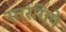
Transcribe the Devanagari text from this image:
सारंगिये